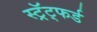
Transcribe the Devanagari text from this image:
स्ट्रॅट्फर्ड